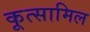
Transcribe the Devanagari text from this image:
कूत्सामिल